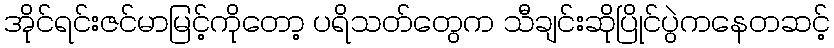
အိုင်ရင်းဇင်မာမြင့်ကိုတော့ ပရိသတ်တွေက သီချင်းဆိုပြိုင်ပွဲကနေတဆင့်